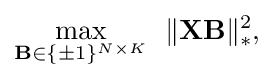
{\begin{aligned}{\underset {\mathbf {B} \in \{\pm 1\}^{N\times K}}{\text{max}}}~~\|\mathbf {X} \mathbf {B} \|_{*}^{2},\end{aligned}}